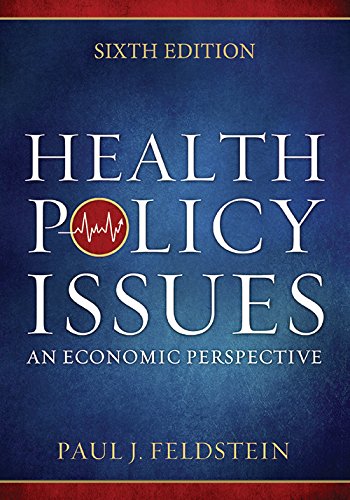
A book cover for Health Policy Issues: An Ecnomic Perspective, Sixth Edition; Paul J. Feldstein; Medical Books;